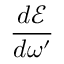
\frac { d \mathcal { E } } { d \omega ^ { \prime } }